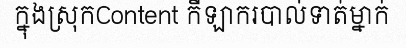
ក្នុងស្រុកContent កីឡាករបាល់ទាត់ម្នាក់